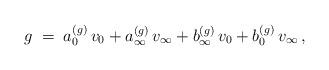
LaTeX: \begin{align*} g\;=\;a_0^{(g)}\,v_0+a_\infty^{(g)}\,v_\infty+b_\infty^{(g)}\,v_0+ b_0^{(g)}\,v_\infty\,, \end{align*}